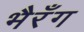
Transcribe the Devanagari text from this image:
भैरँग